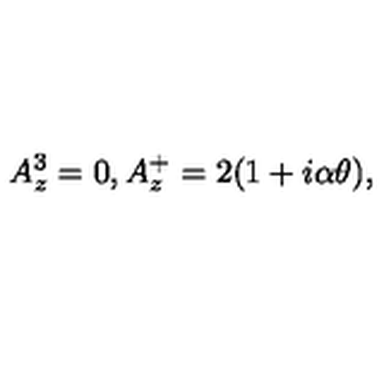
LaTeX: A _ { z } ^ { 3 } = 0 , A _ { z } ^ { + } = 2 ( 1 + i \alpha \theta ) ,